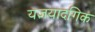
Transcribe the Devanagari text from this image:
यज्ञयादगिक